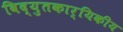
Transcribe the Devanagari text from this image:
विद्युतकार्यिकीय